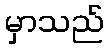
မှာသည်